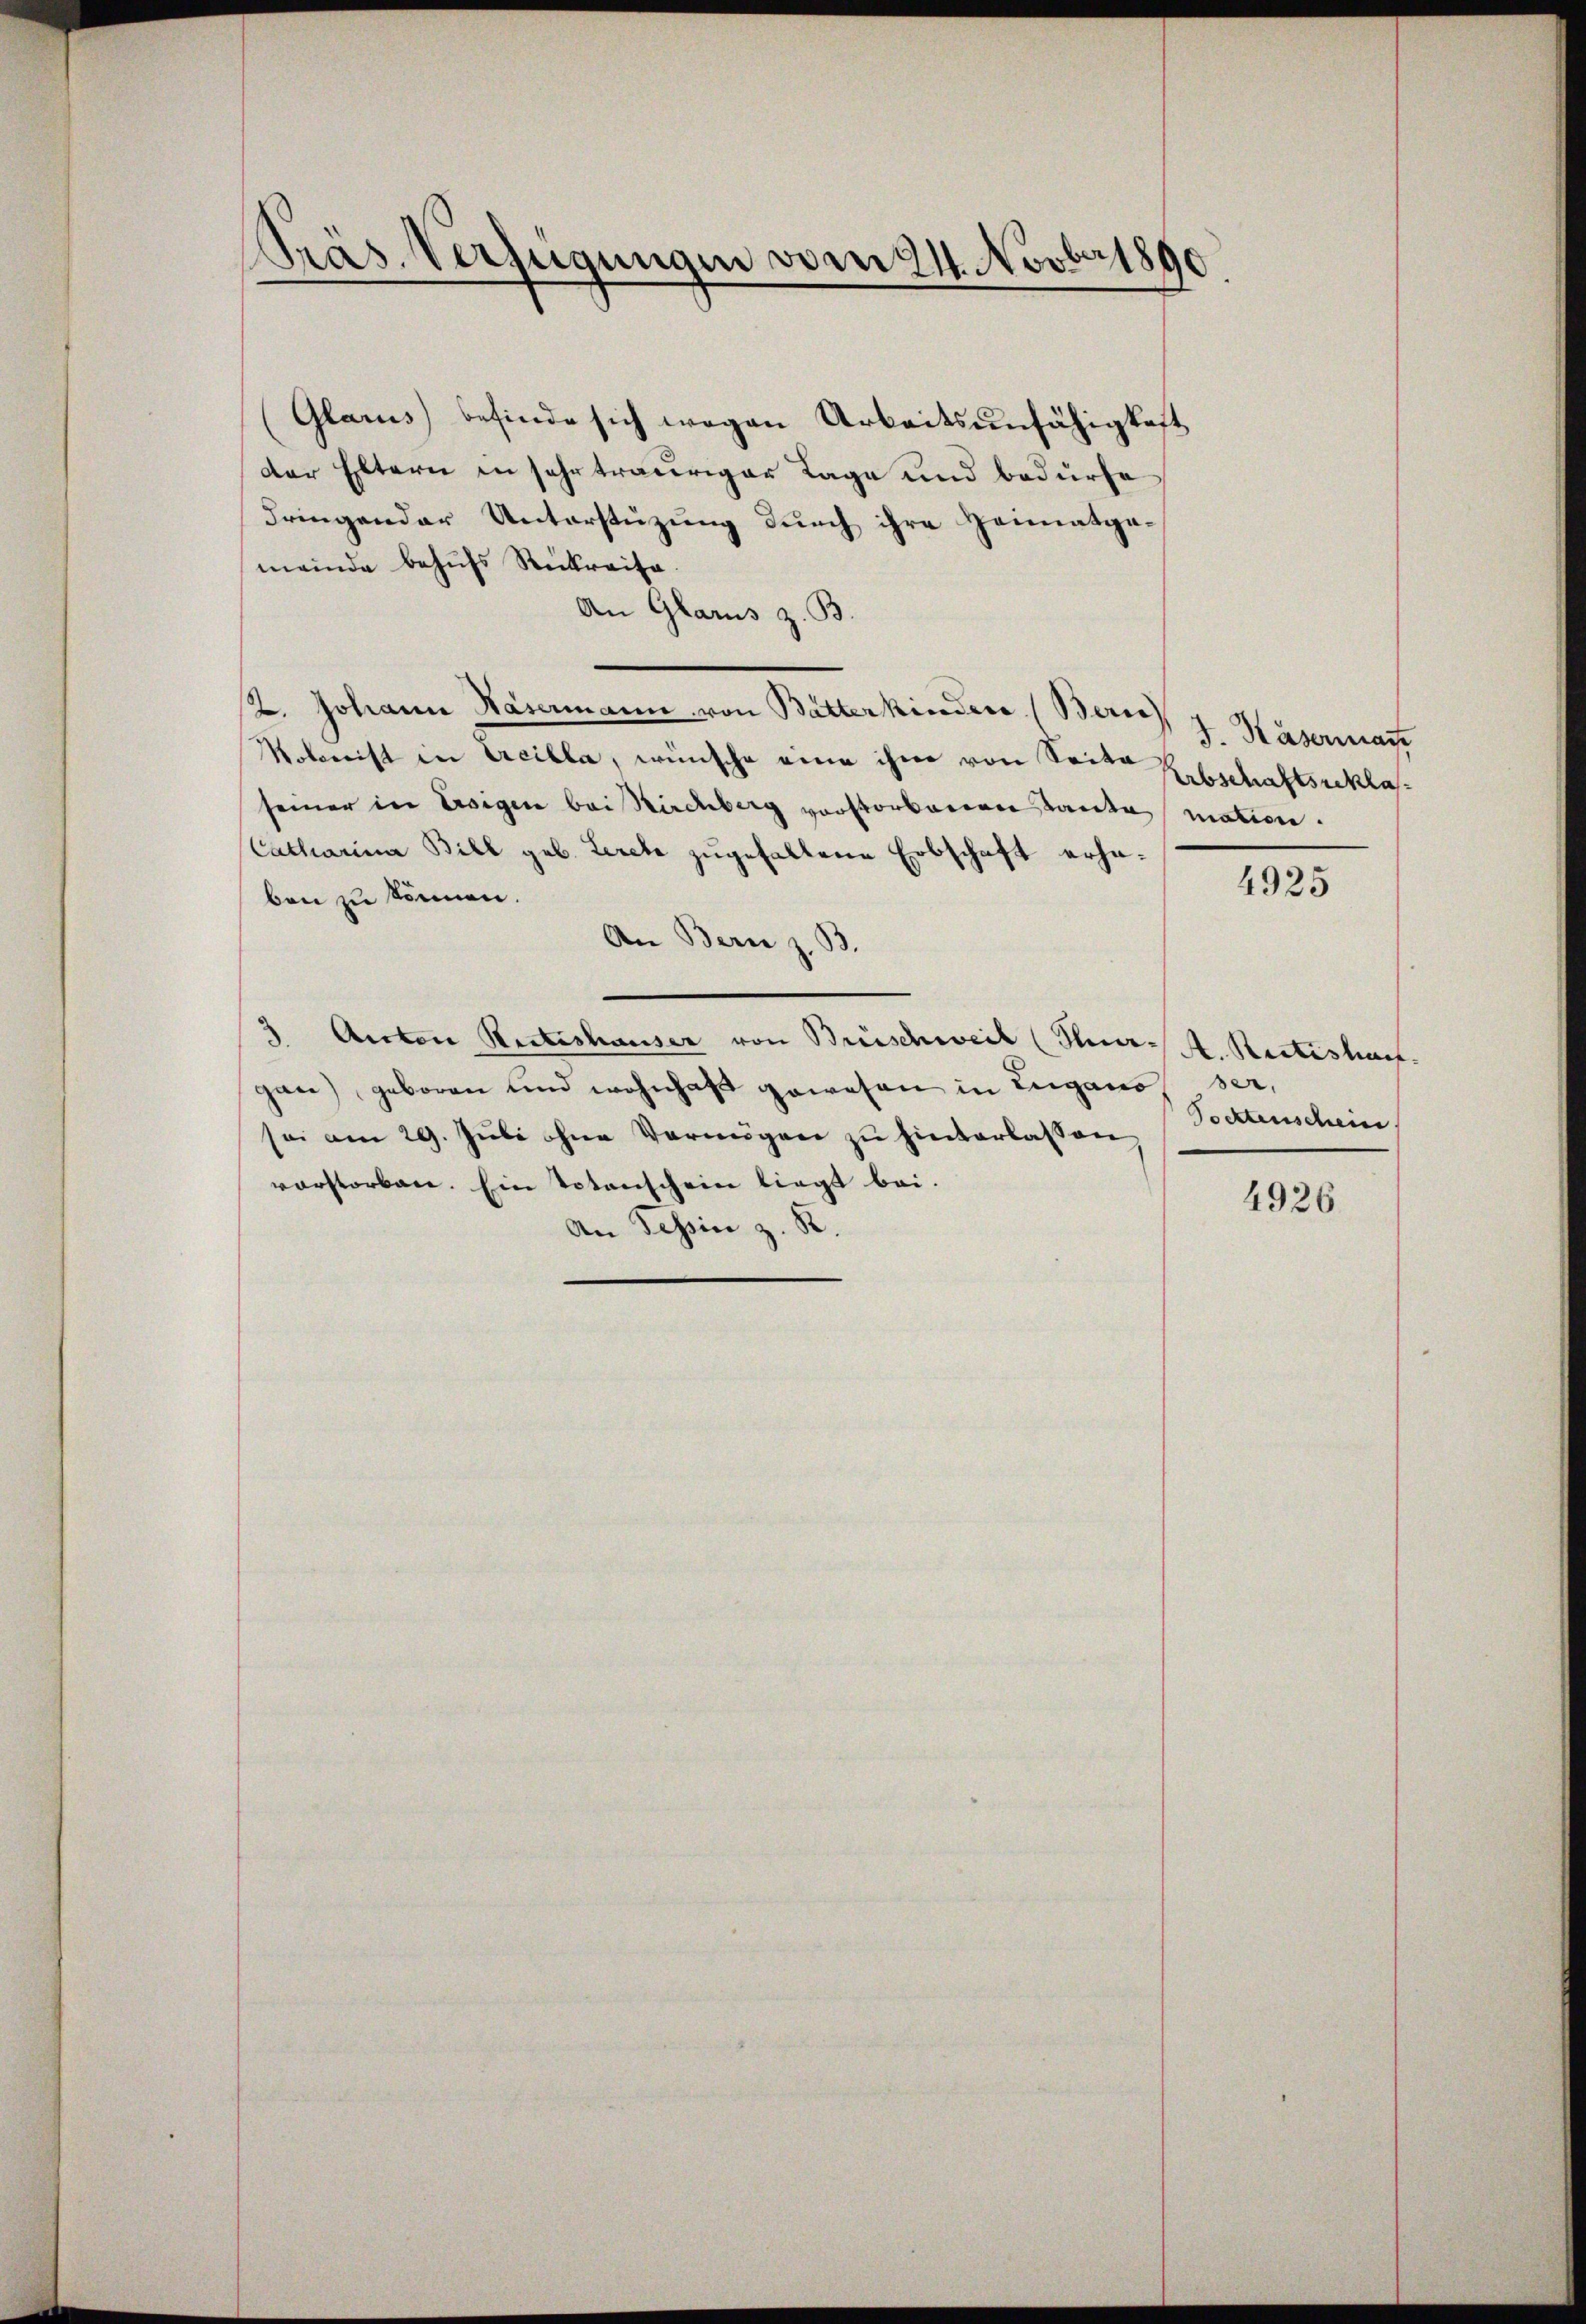
Präs. Verfügungen vom 24. Novber 1890

Glarus befinde sich wegen Arbeitsunfähigkeit
der Eltern in sehr trauriger Tage und bedürfe
dringender Unterstüzung durch ihre Heimatgemeinde behufs Rückreise.
An Glarus z. B.
2. Johann Häsermann von Butterkindere (Berne
Nolonist in Arcilla, wünsche eine ihre von Seite Erbschaftsreklasseiner in Ersigen bei Kirchberg vorstorberen Tante mation.
Catharina Bill geb. Lerebe zugehaltene Erbschaft erhaben zu können.
An Bern z. B.
3 Anton Retteshauser von Brüschweil (Nat. Rectishaup
gan) geboren und wohnhaft gewesen in Lugano ser,
sei am 29. Juli ohne Vermögen zu hinterlassen
vorstorben. Ein Totenschein liegt bei.
An Tessin z. R.

J. Kasermant

4925

Tocktenschein

4926